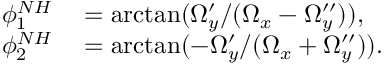
\begin{array} { r l } { \phi _ { 1 } ^ { N H } } & { { } = \arctan ( \Omega _ { y } ^ { \prime } / ( \Omega _ { x } - \Omega _ { y } ^ { \prime \prime } ) ) , } \\ { \phi _ { 2 } ^ { N H } } & { { } = \arctan ( - \Omega _ { y } ^ { \prime } / ( \Omega _ { x } + \Omega _ { y } ^ { \prime \prime } ) ) . } \end{array}